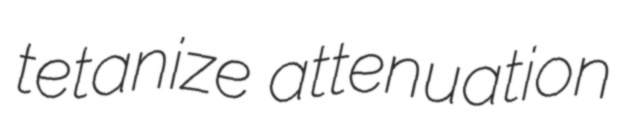
tetanize attenuation